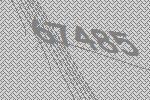
67485